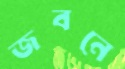
জবনে